Report on vaccination in the Province of Bengal - 1874-1889
Year: 1874
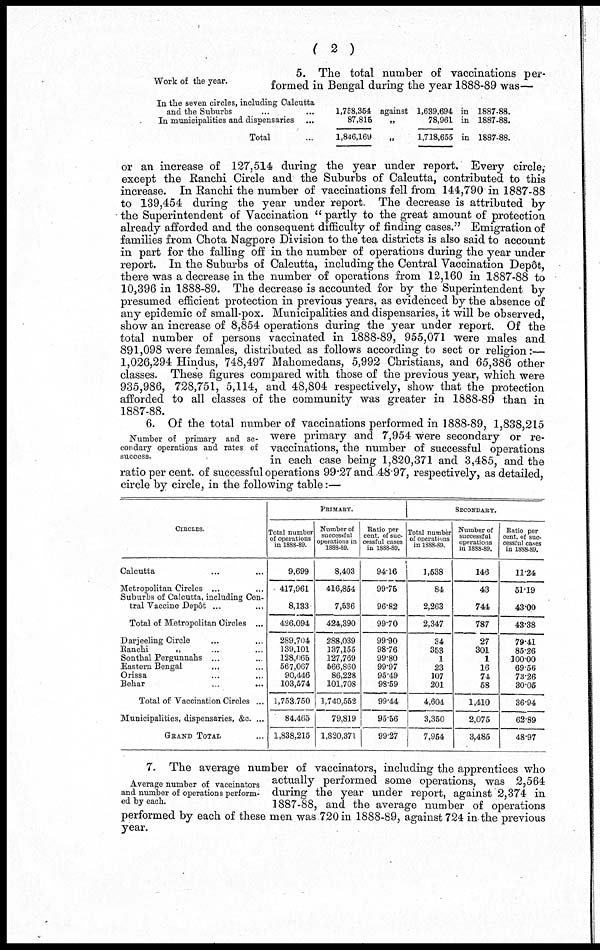
( 2 )
Work of the year.
5. The total number of vaccinations per-
formed in Bengal during the year 1888-89 was—
In the seven circles, including Calcutta
and the Suburbs ... ...
In municipalities and dispensaries
...
Total ...
1,758,354
87,815
1,846,169
against 1,639,694
78,961
„
1,718,655
in 1887-88.
in 1887-88.
in 1887-88.
or an increase of 127,514 during the year under report. Every circle,
except the Ranchi Circle and the Suburbs of Calcutta, contributed to this
increase. In Ranchi the number of vaccinations fell from 144,790 in 1887-88
to 139,454 during the year under report. The decrease is attributed by
the Superintendent of Vaccination " partly to the great amount of protection
already afforded and the consequent difficulty of finding cases." Emigration of
families from Chota Nagpore Division to the tea districts is also said to account
in part for the falling off in the number of operations during the year under
report. In the Suburbs of Calcutta, including the Central Vaccination Depôt,
there was a decrease in the number of operations from 12,160 in 1887-88 to
10,396 in 1888-89. The decrease is accounted for by the Superintendent by
presumed efficient protection in previous years, as evidenced by the absence of
any epidemic of small-pox. Municipalities and dispensaries, it will be observed,
show an increase of 8,854 operations during the year under report. Of the
total number of persons vaccinated in 1888-89, 955,071 were males and
891,098 were females, distributed as follows according to sect or religion:—
1,026,294 Hindus, 748,497 Mahomedans, 5,992 Christians, and 65,386 other
classes. These figures compared with those of the previous year, which were
935,986, 728,751, 5,114, and 48,804 respectively, show that the protection
afforded to all classes of the community was greater in 1888-89 than in
1887-88.
Number of primary and se-
condary operations and rates of
success.
6. Of the total number of vaccinations performed in 1888-89, 1,838,215
were primary and 7,954 were secondary or re-
vaccinations, the number of successful operations
in each case being 1,820,371 and 3,485, and the
ratio per cent. of successful operations 99.27 and 48.97, respectively, as detailed,
circle by circle, in the following table:—
CIRCLES.
Calcutta ... ...
Metropolitan Circles ... ...
Suburbs of Calcutta, including Cen-
tral Vaccine Depôt ... ...
Total of Metropolitan Circles ...
Darjeeling Circle ... ...
Ranchi
„ ... ...
Sonthal Pergunnahs ... ...
Eastern Bengal ... ...
Orissa ... ...
Behar
...
...
Total of Vaccination Circles ...
Municipalities, dispensaries, &c. ...
GRAND TOTAL ...
PRIMARY.
Total number
of operations
in 1888-89.
9,699
417,961
8,133
426,094
289,704
139,101
128,065
567,067
90,446
103,574
1,753,750
84,465
1,838,215
Number of
successful
operations in
1888-89.
8,403
416,854
7,536
424,390
288,039
137,155
127,769
566,860
86,228
101,708
1,740,552
79,819
1,820,371
Ratio per
cent. of suc-
cessful cases
in 1888-89.
94.16
99.75
96.82
99.70
99.90
98.76
99.80
99.97
95.49
98.59
99.44
95.56
99.27
SECONDARY.
Total number
of operations
in 1888-89.
1,538
84
2,263
2,347
34
353
1
23
107
201
4,604
3,350
7,954
Number of
successful
operations
in 1888-89.
146
43
744
787
27
301
1
16
74
58
1,410
2,075
3,485
Ratio per
cent. of suc-
cessful cases
in 1888-89.
11.24
51.19
43.00
43.38
79.41
85.26
100.00
69.56
73.26
30.05
36.94
62.89
48.97
Average number of vaccinators
and number of operations perform-
ed by each.
7. The average number of vaccinators, including the apprentices who
actually performed some operations, was 2,564
during the year under report, against 2,374 in
1887-88, and the average number of operations
performed by each of these men was 720 in 1888-89, against 724 in the previous
year.